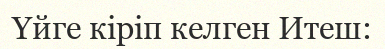
Үйге кіріп келген Итеш: